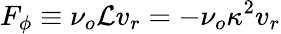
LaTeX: F_{\phi}\equiv\nu_{o}\mathcal{L}v_{r}=-\nu_{o}\kappa^{2}v_{r}